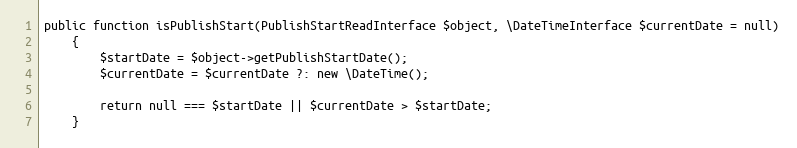
Language: PHP
public function isPublishStart(PublishStartReadInterface $object, \DateTimeInterface $currentDate = null)
    {
        $startDate = $object->getPublishStartDate();
        $currentDate = $currentDate ?: new \DateTime();

        return null === $startDate || $currentDate > $startDate;
    }